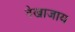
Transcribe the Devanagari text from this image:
देखाजाय